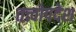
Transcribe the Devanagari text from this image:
तत्त्वोपदेश